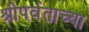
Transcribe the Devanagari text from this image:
श्रीपर्वताच्या